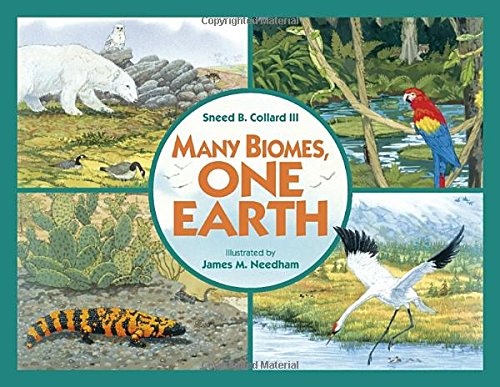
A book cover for Many Biomes, One Earth; Sneed B. Collard III; Children's Books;